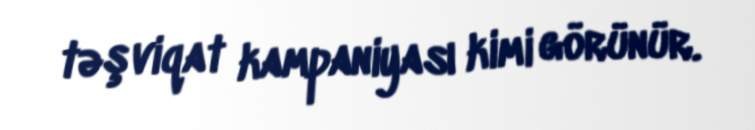
təşviqat kampaniyası kimi görünür.